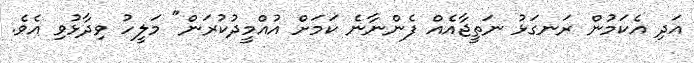
އަދި އެކަމުން ރަނގަޅު ނަތީޖާއެއް ފެންނާނެ ކަމަށް އުއްމީދުކުރަން" މަލީހު ވިދާޅުވި އެވެ.